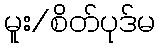
မူး/စိတ်ပုဒ်မ